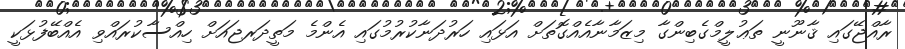
ރާއްޖޭގައި ޤާނޫނީ ތަޢުލީމްގެބިންގާ މިޒަމާނާއެއްގޮތަށް އަޅައި ހަރުދަނާކުރުމުގައި އެންމެ މަތީދަރޖައަށް ހިއްސާކުރައްވި އެއްބޭފުޅަކީ